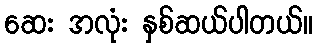
ဆေး အလုံး နှစ်ဆယ်ပါတယ်။